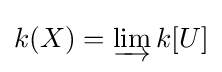
k(X)=\varinjlim k[U]